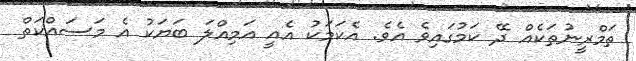
ތަމްރީނުތަކެއް ދޭ ކަމުގައިވެ އެެވެ. އެކަމަކު އެއީ އަމިއްލަ ބަޔަކު އެ މަސައްކަތް